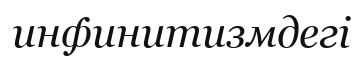
инфинитизмдегі